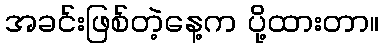
အခင်းဖြစ်တဲ့နေ့က ပို့ထားတာ။